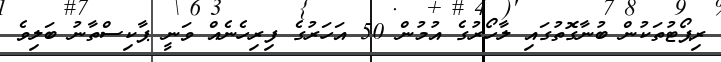
ރިޕޯޓުތަކުން ބުނާގޮތުގައި ލާހޯރުގެ އުމުން 50 އަހަރުގެ ފިރިހެނެއް ވަނީ ޕާކިސްތާނު ބަލިވެ